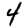
Digit: 4